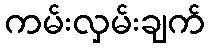
ကမ်းလှမ်းချက်